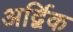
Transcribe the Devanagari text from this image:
अर्द्विक